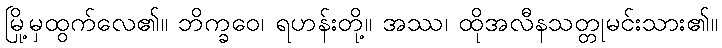
မြို့မှထွက်လေ၏။ ဘိက္ခဝေ၊ ရဟန်းတို့။ အဿ၊ ထိုအလီနသတ္တုမင်းသား၏။